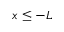
x \leq - L